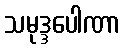
သမုဒ္ဒပေါဏာ